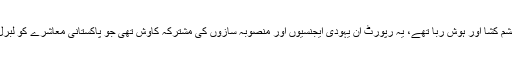
رپورٹ کے مندرجات بڑے چشم کشا اور ہوش ربا تھے، یہ رپورٹ ان یہودی ایجنسیوں اور منصوبہ سازوں کی مشترکہ کاوش تھی جو پاکستانی معاشرے کو لبرل اور سیکولر بنانا چاہتے ہیں ۔